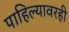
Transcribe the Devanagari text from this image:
पाहिल्यावरही